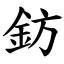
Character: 鈁